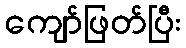
ကျော်ဖြတ်ပြီး